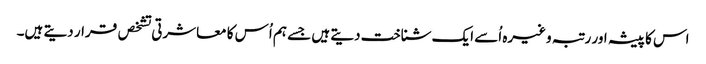
اس کا پیشہ اور رتبہ وغیرہ اُسے ایک شناخت دیتے ہیں جسے ہم اُس کا معاشرتی تشخص قرار دیتے ہیں۔